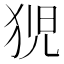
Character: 𭸍